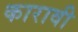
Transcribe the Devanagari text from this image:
कारावी